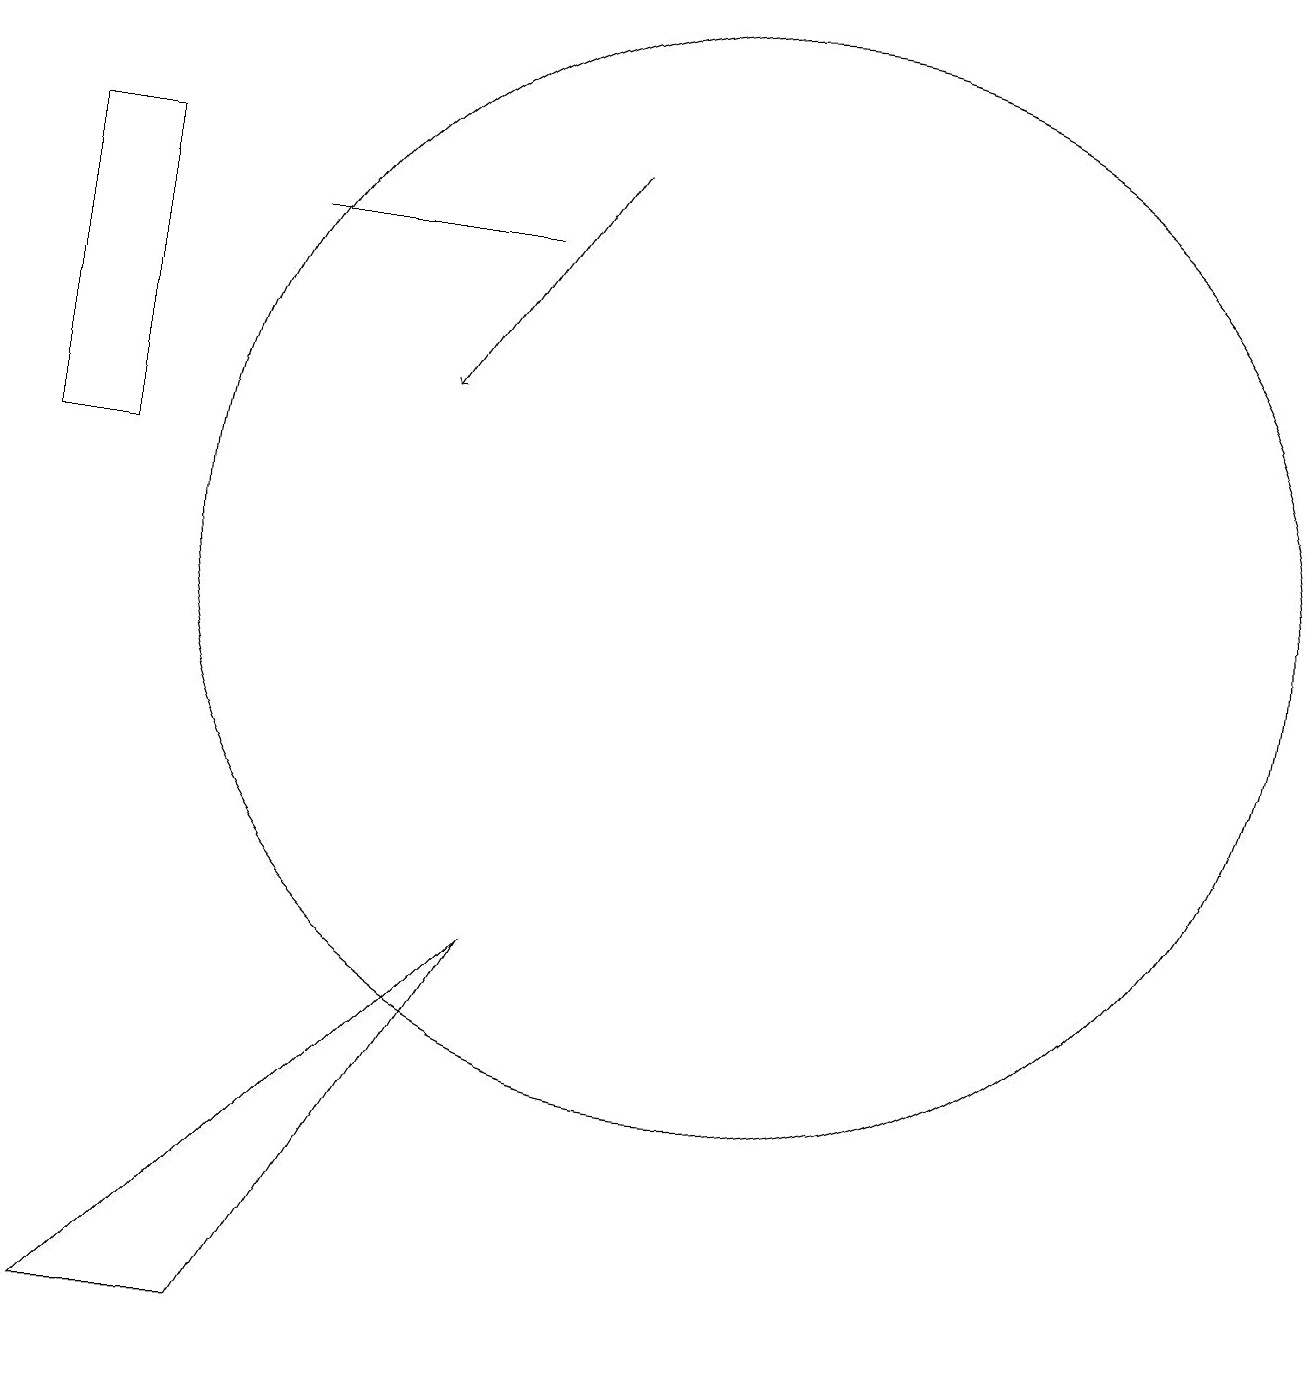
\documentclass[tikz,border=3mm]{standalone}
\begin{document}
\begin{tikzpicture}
\draw[->] (8,16) -- (6,13);
\draw (7,6) -- (2,1) -- (4,1) -- cycle;
\draw (1,12) rectangle (2,16);
\draw (10,11) circle (7);
\draw (7,15) rectangle (4,15);
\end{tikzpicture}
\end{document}